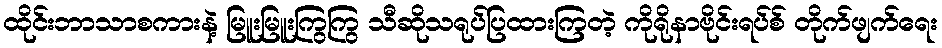
ထိုင်းဘာသာစကားနဲ့ မြူးမြူးကြွကြွ သီဆိုသရုပ်ပြထားကြတဲ့ ကိုရိုနာဗိုင်းရပ်စ် တိုက်ဖျက်ရေး